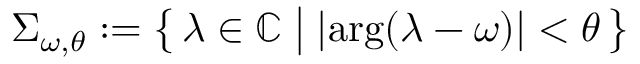
\Sigma _ { \omega , \theta } : = \big \{ \, \lambda \in \mathbb { C } \; \big \vert \; | \mathrm { a r g } ( \lambda - \omega ) | < \theta \, \big \}